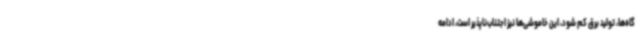
گاه‌ها، تولید برق کم شود، این خاموشی‌ها نیز اجتناب‌ناپذیر است، ادامه